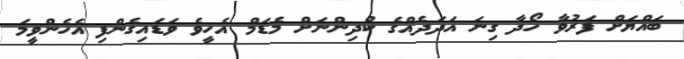
ބައްޔަށް ފަރުވާ ހޯދާ ގިނަ އަދަދެއްގެ ކުދިންނަށް މެޑަމް އެހީވެ ވަޑައިގެންފި އެހެންވީމަ